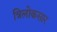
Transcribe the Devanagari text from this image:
त्रिलोकसार